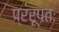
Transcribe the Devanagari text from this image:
प्ररूपतः